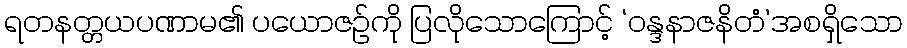
ရတနတ္တယပဏာမ၏ ပယောဇဉ်ကို ပြလိုသောကြောင့် ‘ဝန္ဒနာဇနိတံ’အစရှိသော